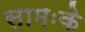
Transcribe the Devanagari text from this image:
सामःके